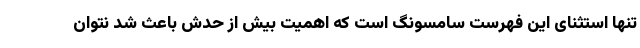
تنها استثنای این فهرست سامسونگ است که اهمیت بیش از حدش باعث شد نتوان